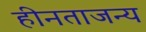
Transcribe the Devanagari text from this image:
हीनताजन्य